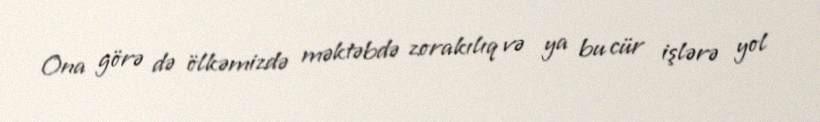
Ona görə də ölkəmizdə məktəbdə zorakılıq və ya bu cür işlərə yol